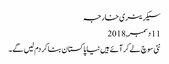
سیکریٹری خارجہ
11 دسمبر, 2018
نئی سوچ لے کر آئے ہیں نیا پاکستان بنا کر دم لیں گے۔